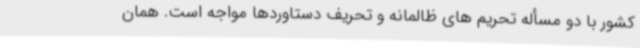
کشور با دو مسأله تحریم های ظالمانه و تحریف دستاوردها مواجه است. همان